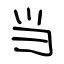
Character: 当